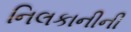
નિલકાનીની